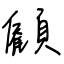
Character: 顧